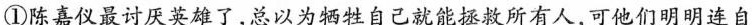
①陈嘉仪裹讨从英雄了，总以为牺牲自己就能敕所有人，可他们明明连自